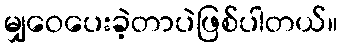
မျှဝေပေးခဲ့တာပဲဖြစ်ပါတယ်။